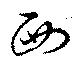
西